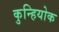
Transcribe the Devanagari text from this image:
कुन्हियोक